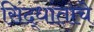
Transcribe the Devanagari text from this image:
सिंद्धांताचे